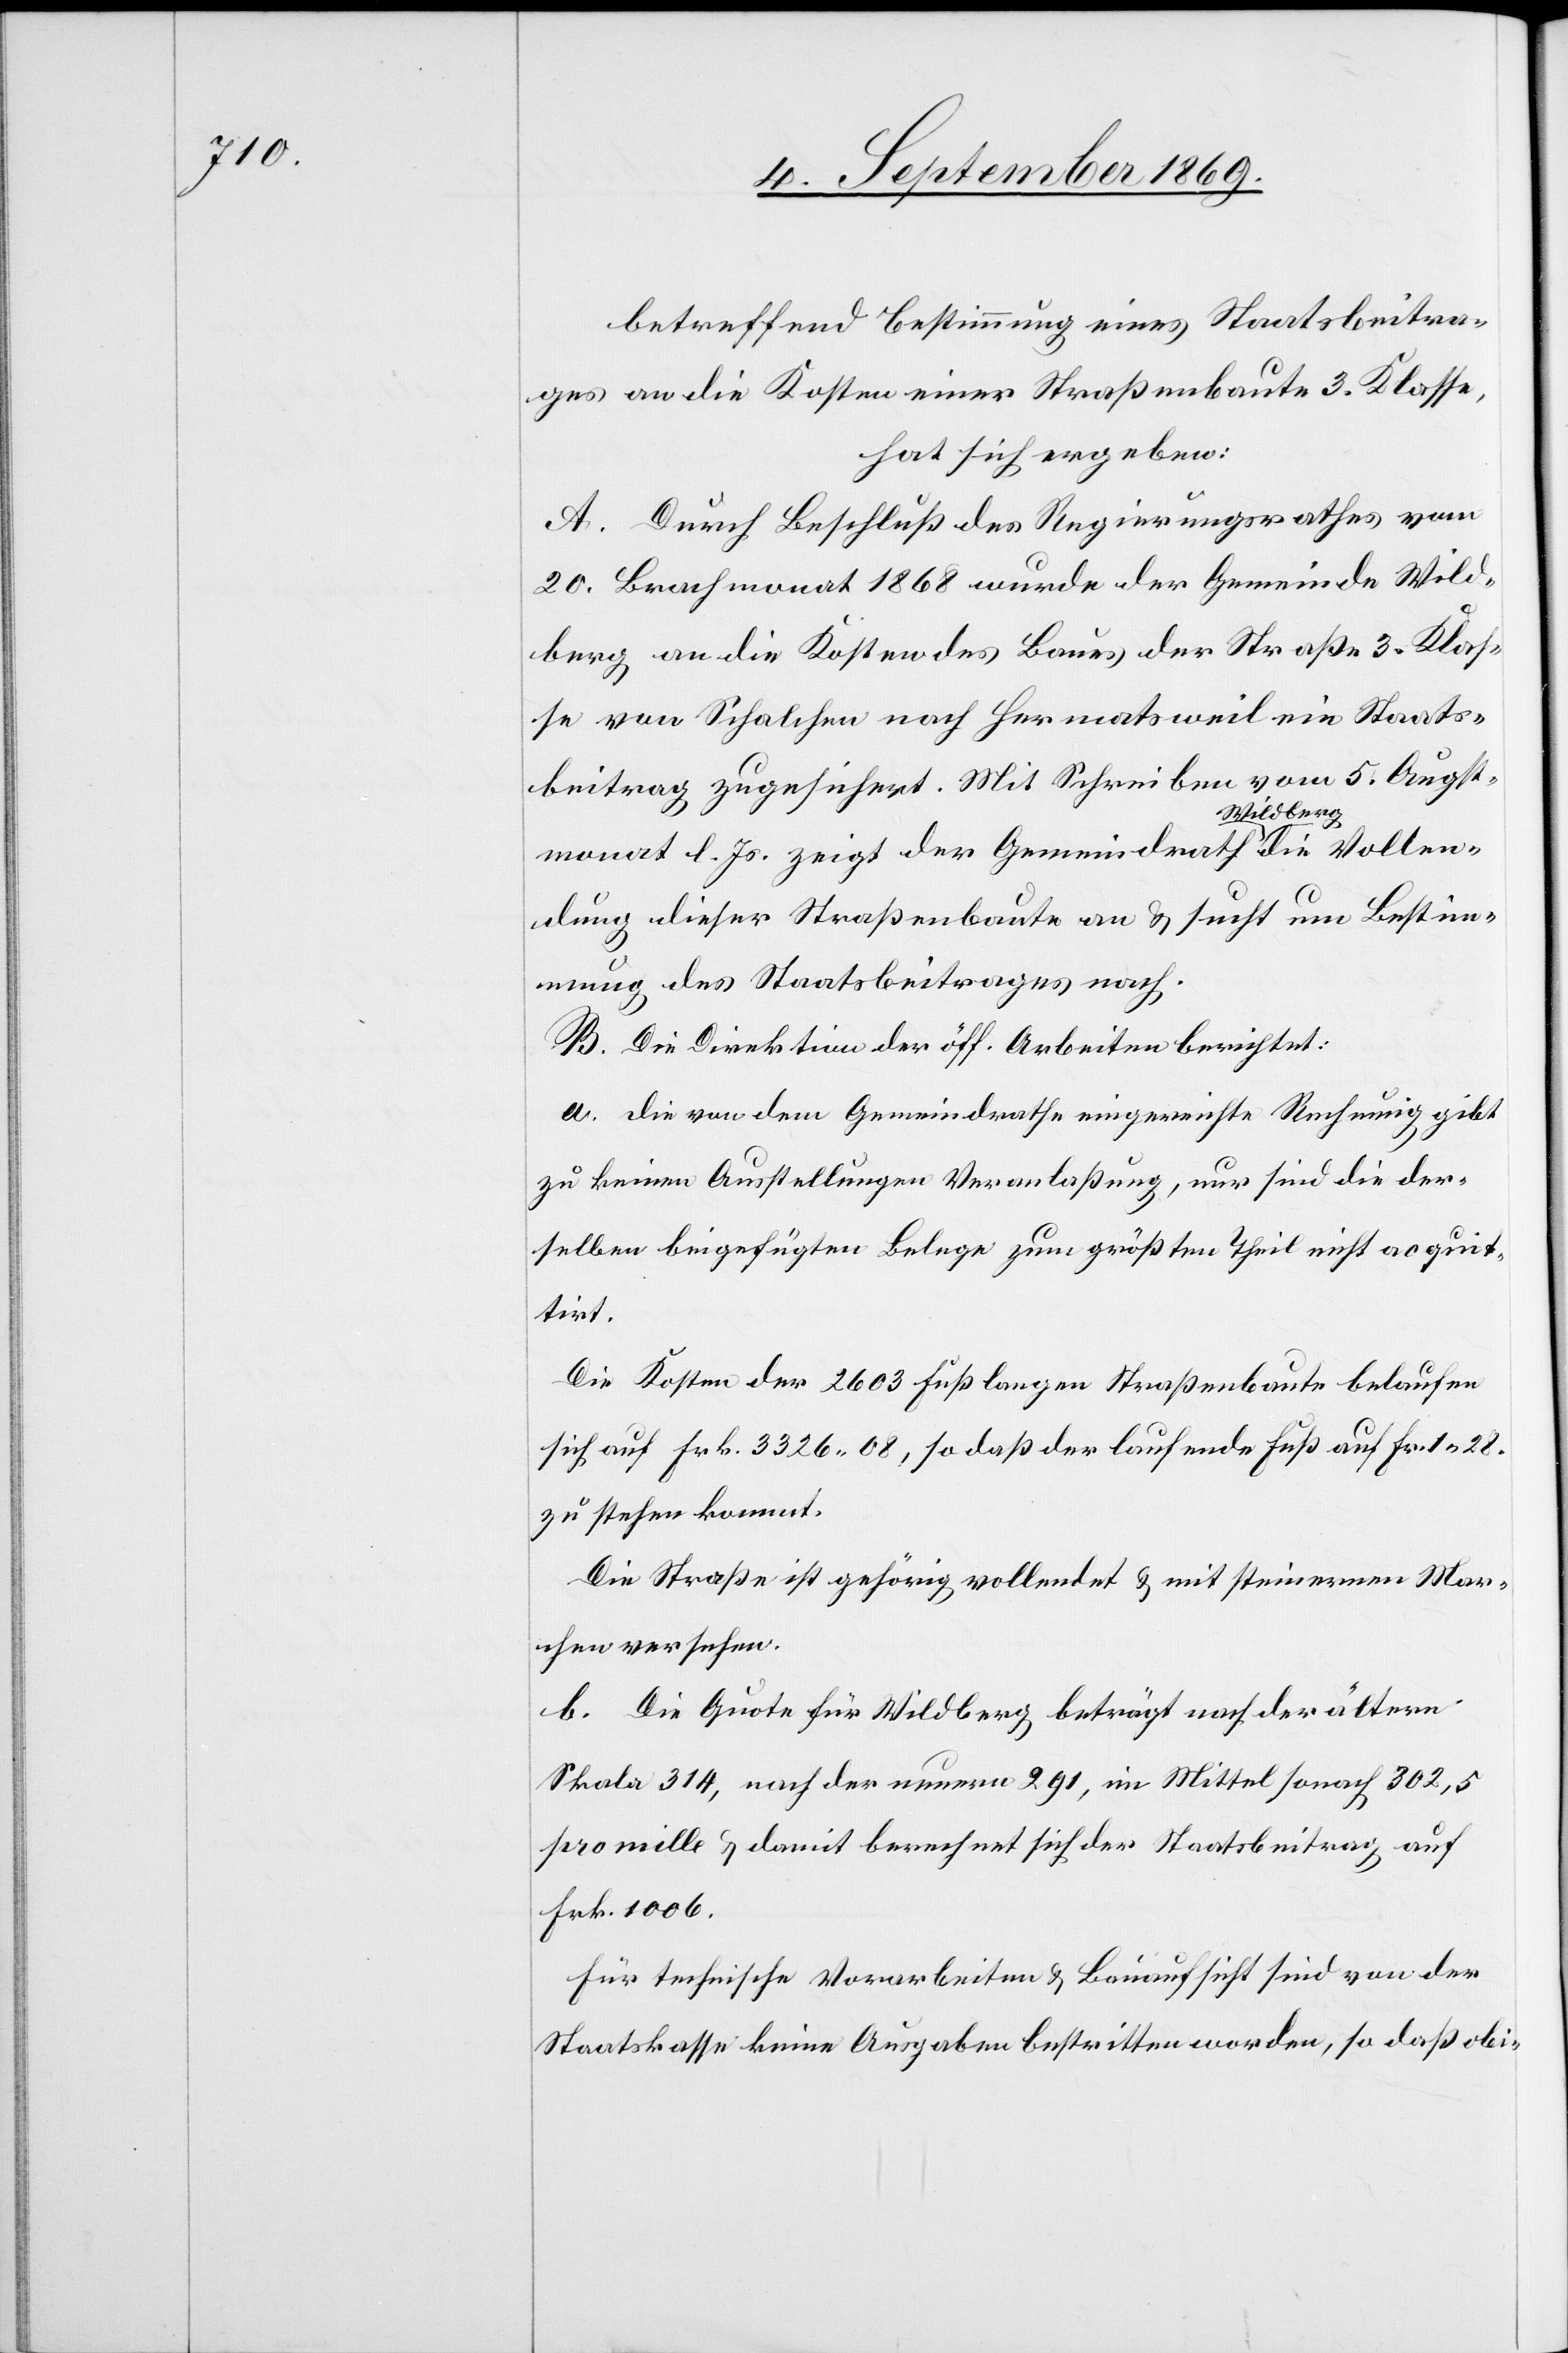
betreffend Bestimmung eines Staatsbeitra¬
ges an die Kosten einer Straßenbaute 3. Klasse,
hat sich ergeben:
A. Durch Beschluß des Regierungsrathes vom
20. Brachmonat 1868 wurde der Gemeinde Wild¬
berg an die Kosten des Baues der Straße 3. Klas¬
se von Schalchen nach Hermatsweil ein Staats¬
beitrag zugesichert. Mit Schreiben vom 5. Augst¬
monat l. Js. zeigt der Gemeindrath Wildberg die Vollen¬
dung dieser Straßenbaute an & sucht um Bestim¬
mung des Staatsbeitrages nach.
B. Die Direktion der öff. Arbeiten berichtet:
a. Die von dem Gemeindrathe eingereichte Rechnung gibt
zu keinen Ausstellungen Veranlaßung, nur sind die der¬
selben beigefügten Belege zum größten Theil nicht acquit¬
tirt.
Die Kosten der 2603 Fuß langen Straßenbaute belaufen
sich auf Frk. 3326 08, so daß der laufende Fuß auf Fr. 1 28
zu stehen kommt.
Die Straße ist gehörig vollendet & mit steinernen Mar¬
chen versehen.
b. Die Quote für Wildberg beträgt nach der ältern
Skala 314, nach der neuern 291, im Mittel sonach 302,5
pro mille & damit berechnet sich der Staatsbeitrag auf
Frk. 1006.
Für technische Vorarbeiten & Bauaufsicht sind von der
Staatskasse keine Ausgaben bestritten worden, so daß obi-